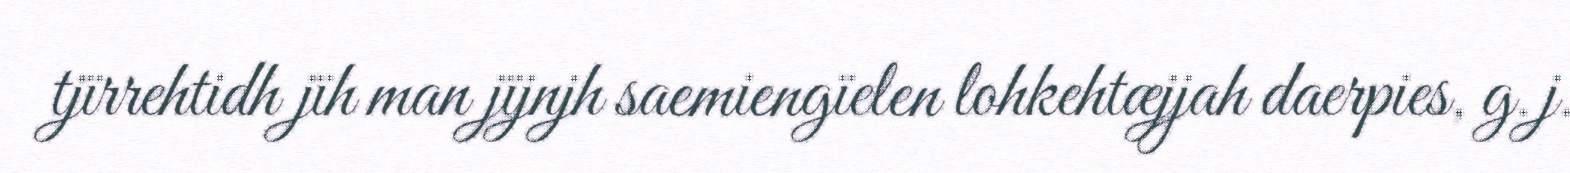
tjïrrehtidh jïh man jïjnjh saemiengïelen lohkehtæjjah daerpies, g.j.